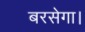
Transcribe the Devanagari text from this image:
बरसेगा।